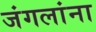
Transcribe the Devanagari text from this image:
जंगलांना